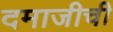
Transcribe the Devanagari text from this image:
दमाजीची